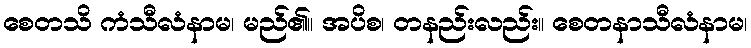
စေတသိ ကံသီလံနာမ၊ မည်၏။ အပိစ၊ တနည်းလည်း။ စေတနာသီလံနာမ၊